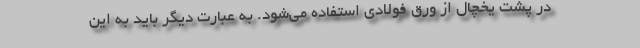
در پشت یخچال از ورق فولادی استفاده می‌شود. به عبارت دیگر باید به این